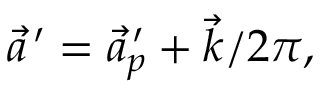
\vec { a } ^ { \, \prime } = \vec { a } _ { p } ^ { \, \prime } + \vec { k } / 2 \pi ,